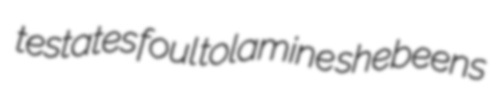
testates foul tolamine shebeens